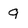
Character: 9